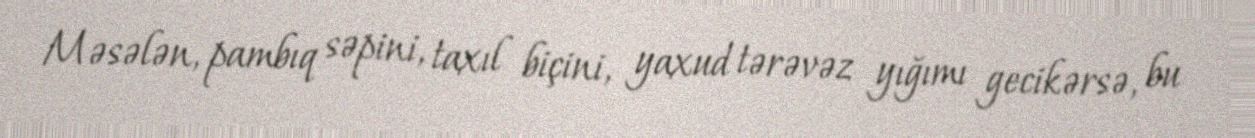
Məsələn, pambıq səpini, taxıl biçini, yaxud tərəvəz yığımı gecikərsə, bu